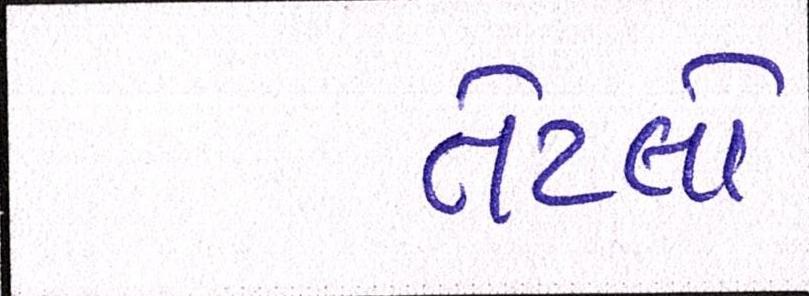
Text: તેટલો